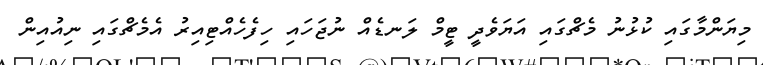
މިޔަންމާގައި ކުޅުނު މެޗްގައި އަޔަވެދީ ޓީމް ލަނޑެއް ނުޖަހައި ހިފެހެއްޓިއިރު އެމެޗްގައި ނިއުއިން